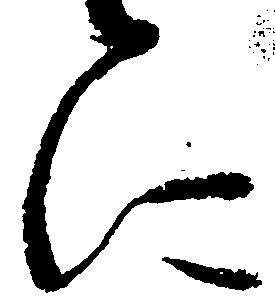
に